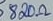
Text: 820Ω